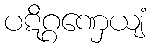
ပဋိဂ္ဂဏှေယျံ